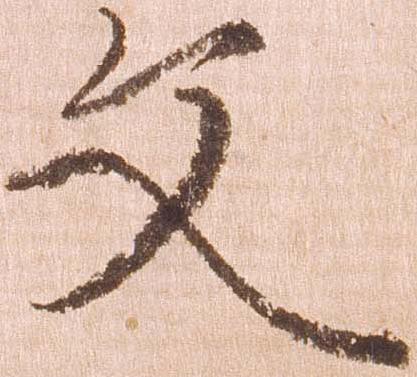
文